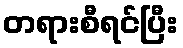
တရားစီရင်ပြီး